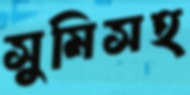
সুমিসহ